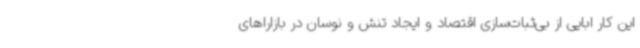
این کار ابایی از بی‌ثبات‌سازی اقتصاد و ایجاد تنش و نوسان در بازاراهای